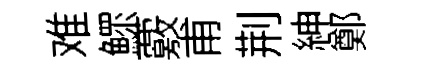
难鰥覈甫荆紳鄭